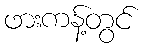
ဖားကန့်တွင်